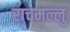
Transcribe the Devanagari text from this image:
राचमल्लु